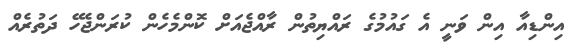
އިންޑިއާ އިން ވަނީ އެ ގައުމުގެ ރައްޔިތުން ރާއްޖެއަށް ކޮންމެހެން ކުރަންޖެހޭ ދަތުރެއް